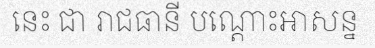
នេះ ជា រាជធានី បណ្តោះអាសន្ន